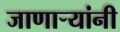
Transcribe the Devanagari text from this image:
जाणार्‍यांनी